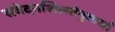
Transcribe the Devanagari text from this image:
संवेदनशिलतेनुसारही